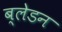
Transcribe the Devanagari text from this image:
ब्लेडन